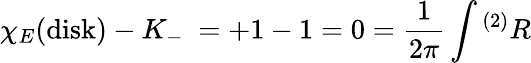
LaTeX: \chi_{E}(\mathrm{disk})-K_{-}\ =+1-1=0={\frac{1}{2\pi}}\int{}^{(2)}R